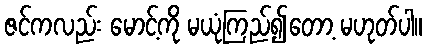
ဇင်ကလည်း မောင့်ကို မယုံကြည်၍တော့ မဟုတ်ပါ။